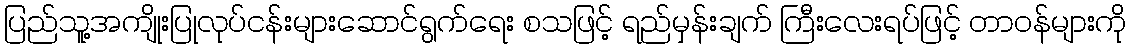
ပြည်သူ့အကျိုးပြုလုပ်ငန်းများဆောင်ရွက်ရေး စသဖြင့် ရည်မှန်းချက် ကြီးလေးရပ်ဖြင့် တာဝန်များကို